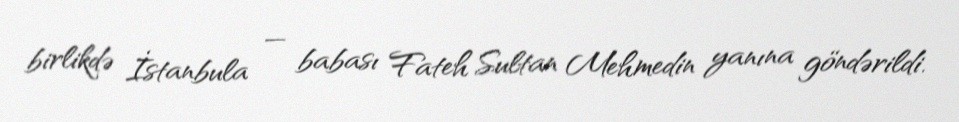
birlikdə İstanbula — babası Fateh Sultan Mehmedin yanına göndərildi.